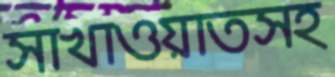
সাখাওয়াতসহ